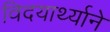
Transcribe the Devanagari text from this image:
विदयार्थ्‍याने